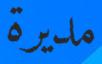
مديرة